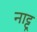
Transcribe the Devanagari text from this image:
नाट्टू